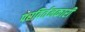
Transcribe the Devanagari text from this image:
परविर्तनकारी